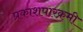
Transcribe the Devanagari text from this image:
प्रकाशपारक्रमी